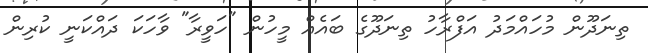
ތިނަދޫން މުހައްމަދު އަފްރާހު ތިނަދޫގެ ބައެއް މީހުން "ހަވީރާ" ވާހަކަ ދައްކަނީ ކުރިން